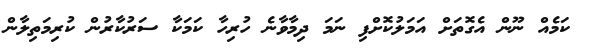
ކަމެއް ނޫން އެގޮތަށް އަމަލުކޮށްފި ނަމަ ދިމާވާނެ ހުރިހާ ކަމަކާ ސަރުކާރުން ކުރިމަތިލާން